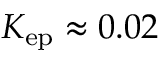
K _ { \mathrm { e p } } \approx 0 . 0 2